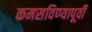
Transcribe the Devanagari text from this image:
कमसविण्यापूर्वी